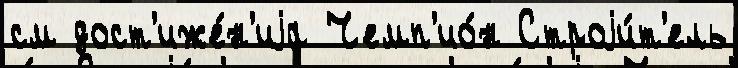
см дост'иже́н'иjа Чемп'ио́н Строjи́т'ель